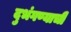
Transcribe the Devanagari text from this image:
दुभंगण्याची